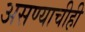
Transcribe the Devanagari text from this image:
असण्याचीही